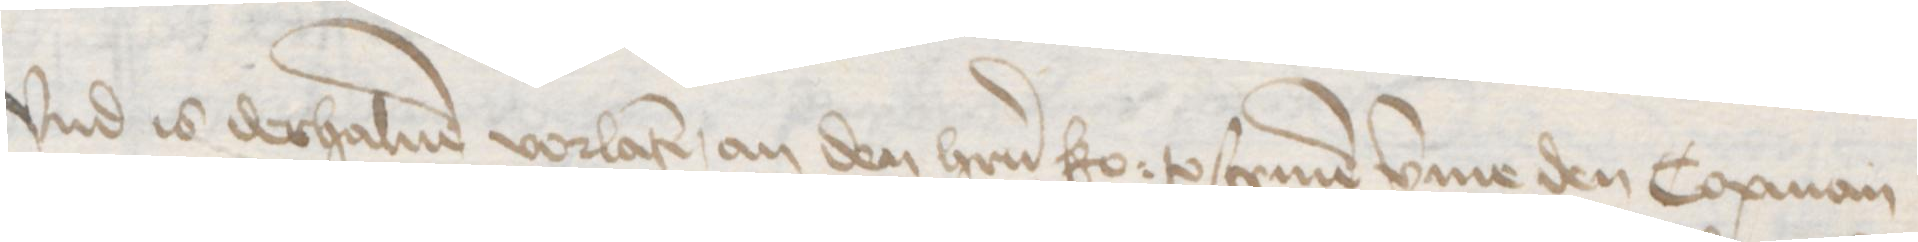
Vnd is derhaluen vorlaten, an den herrn ko: to scriuen vmme den Copman